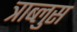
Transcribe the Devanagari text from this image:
त्राब्लुस